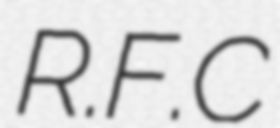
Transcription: R.F.C